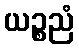
ယဉ္စညံ